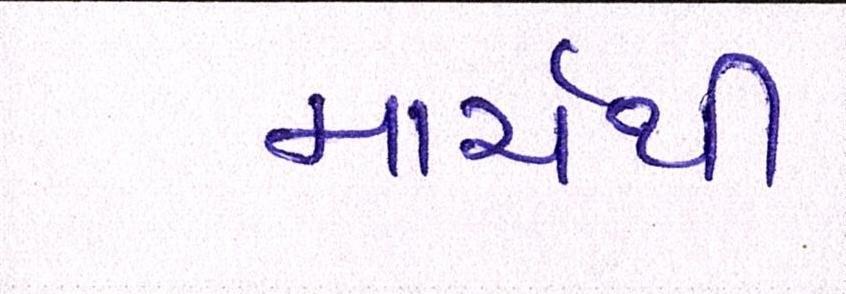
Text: માર્ચથી